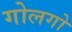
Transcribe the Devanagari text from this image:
गोलगो